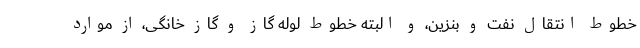
خطوط انتقال نفت و بنزین، و البته خطوط لوله گاز و گاز خانگی، از موارد